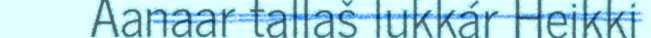
Aanaar tallaš lukkár Heikki